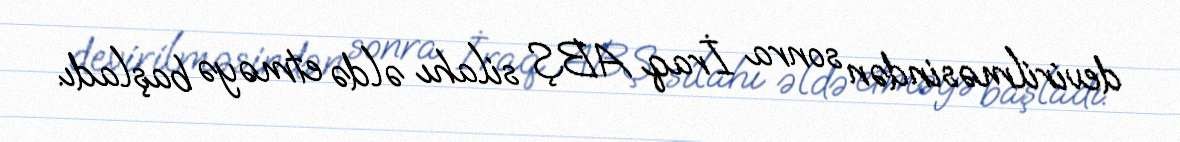
devirilməsindən sonra İraq ABŞ silahı əldə etməyə başladı.